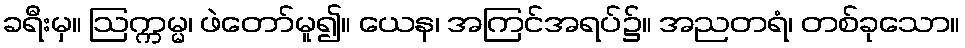
ခရီးမှ။ ဩက္ကမ္မ၊ ဖဲတော်မူ၍။ ယေန၊ အကြင်အရပ်၌။ အညတရံ၊ တစ်ခုသော။